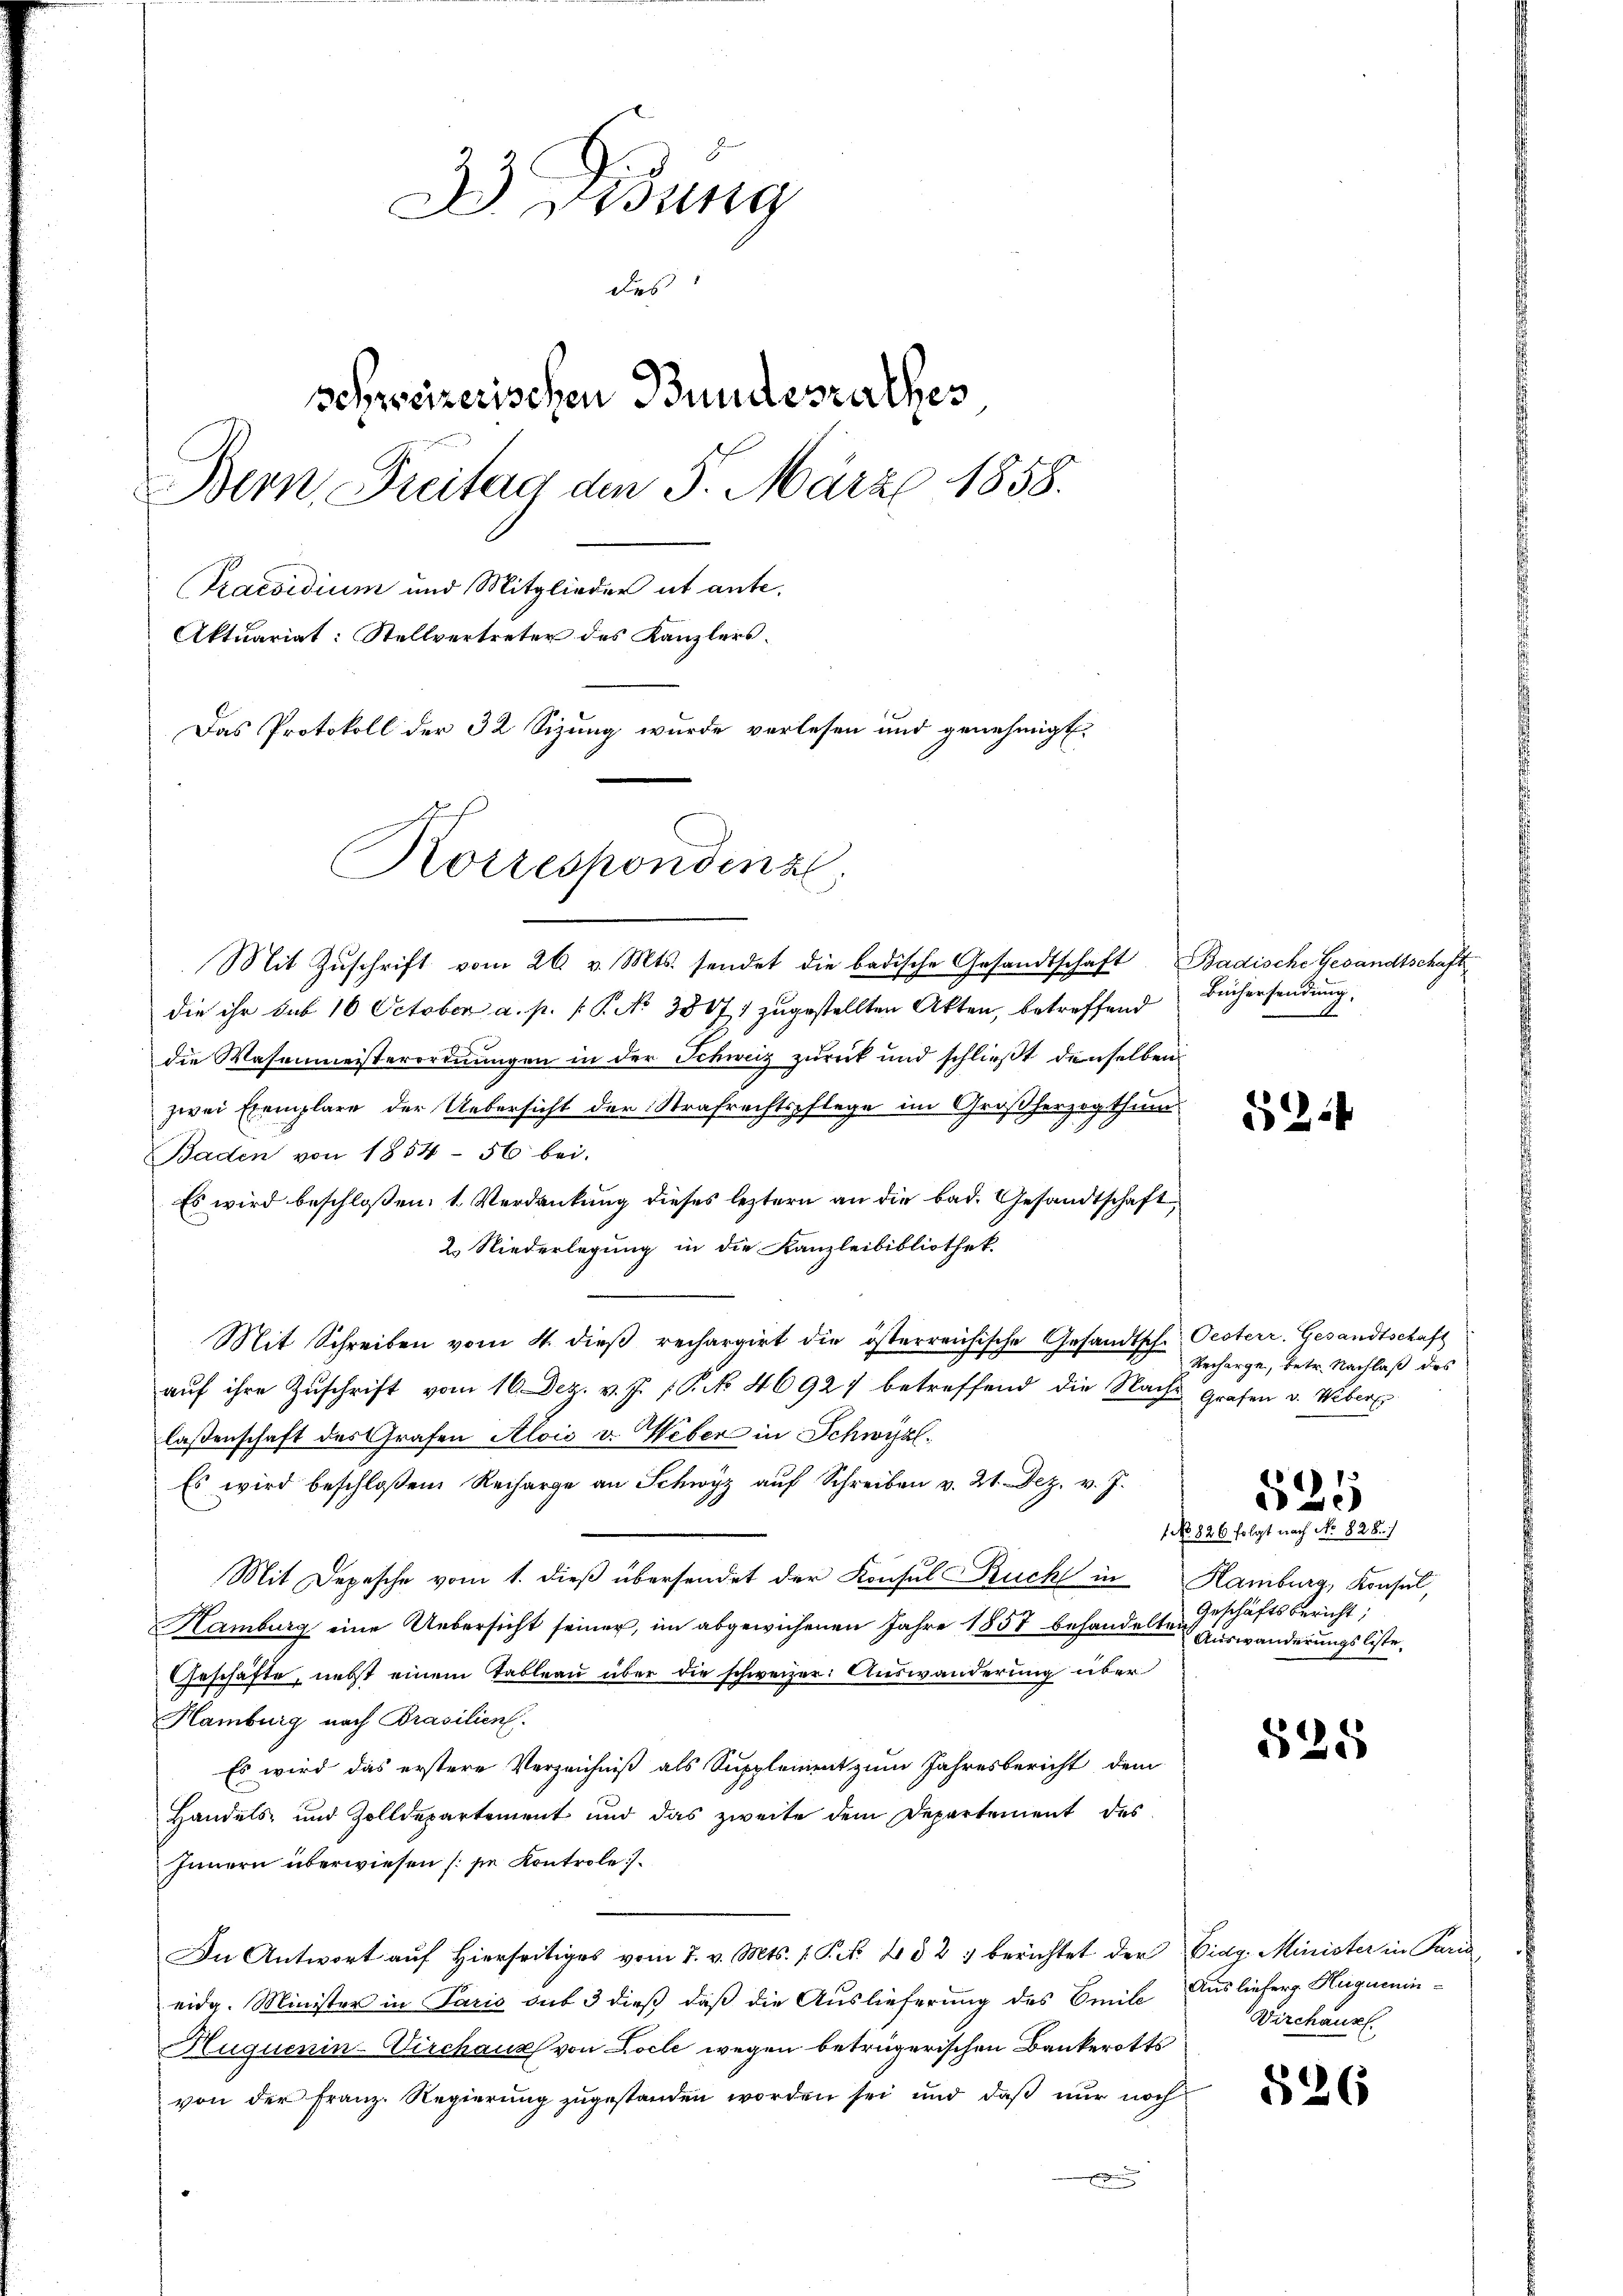
3 Didung
des
schreizerischen Bundesrathes
Bern Freitag den 5. März 1858.
Praesidium und Mitglieder ut ante.
Aktuariat: Stellvertreter des Kanzlers.
Das Protokoll der 32 Sizung wurde verlesen und genehmigt.
Korrespondinzl

Mit Zŭschrift vom 26. v. Mts. sendet die badische Gesandtschaft Badische Gesandtschaft

die ihr sub 10 October a. p. P.P. No 3887) zugestellten Akten, betreffend
die Wasenmeisterordnungen in der Schweiz zurück und schließt denselben
zwei Exemplare der Uebersicht der Strafrechtspflege im Großherzogthum
Baden von 1854 - 56 bei.
Es wird beschloßen: 1. Verdankung dieses leztern an die bad. Gesandtschaft
2. Niederlegung in die Kanzleibibliothek
Mit Schreiben vom 4. dieβ rechargirt die österreichische Gesandtsch. Oesterr. Gesandtschaft
aŭf ihre Zuschrift vom 16. Dez. v. J. P. 46927 betreffend die Nach Grafen v. Weber
lassenschaft des Grafen Alois v. Weber in Schwyz,
Es wird beschloßen Recharge an Schwyz aŭf Schreiben v. 21. Dez. v. J.
Mit Depesche vom 1. dieß übersendet der Konsul Buch in Hamburg, Konsul,
Hamburg eine Uebersicht seiner, im abgewichenen Jahre 1857 behandelten Auswanderungsliste
Geschäfte, nebst einem Tableau über die schweizer: Auswanderung über
Hamburg nach Prasilien.
Es wird das erstere Verzeichniß als Supplement zum Jahresbericht dem
Handels und Zolldepartement und das zweite dem Departement des
Innern überwiesen (sie Kontrole
In Antwort auf hierseitiges vom 7. v. Mts. 1 Pct. 2 § 27 berichtet der Eidg. Minister in Para
eidg. Minister in Paris sub 3 dieß, daß die Auslieferung des Omile Auslieferg Huguenin¬
Huquenin-Virchaus von Locle wegen betrügerischen Bankerotts
von der Franz. Regierung zugestanden worden sei und daß nur noch

Büchersendung.

824

Recharge, betr. Nachlaß des

525

1 No 826 folgt nach No. 828./
Geschäftsbericht:

525

Wirchaus

526